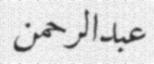
عبدالرحمن